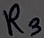
Text: R3